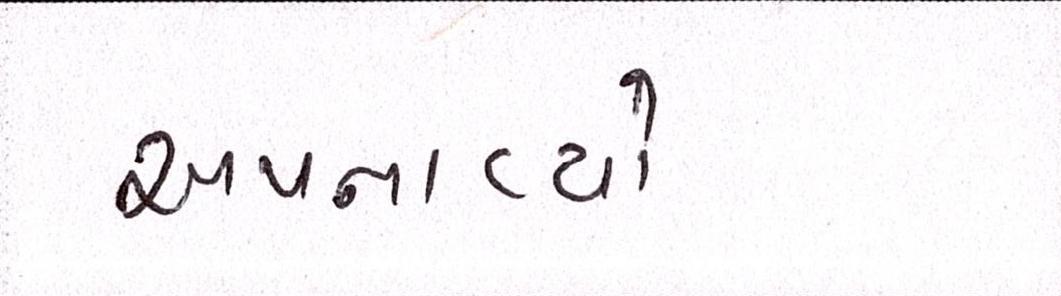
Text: અપનાવ્યો